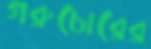
গরুচোরের